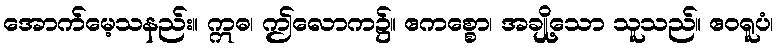
အောက်မေ့သနည်း။ ဣဓ၊ ဤလောက၌။ ဧကစ္စော၊ အချို့သော သူသည်။ ဧဝရူပံ၊